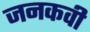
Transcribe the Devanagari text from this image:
जनकवी